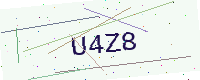
Text: U4Z8